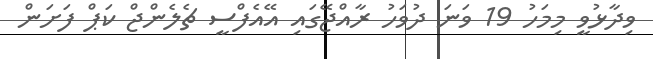
ވިދާޅުވީ މިމަހު 19 ވަނަ ދުވަހު ރާއްޖޭގައި އޭއެފްސީ ޗެލެންޖް ކަޕް ފަށަން